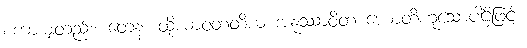
စကားမျှတည်း။ တေန၊ ထိုယာဝတတိယံ အနုဿာဝိတံ ဟောတိဟူသောပါဌ်ဖြင့်။